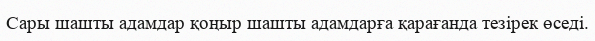
Сары шашты адамдар қоңыр шашты адамдарға қарағанда тезірек өседі.